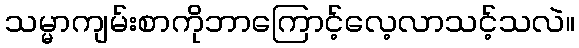
သမ္မာကျမ်းစာကိုဘာကြောင့်လေ့လာသင့်သလဲ။